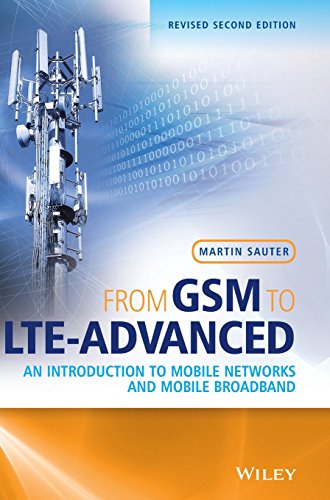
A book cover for From GSM to LTE-Advanced: An Introduction to Mobile Networks and Mobile Broadband; Martin Sauter; Crafts, Hobbies & Home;